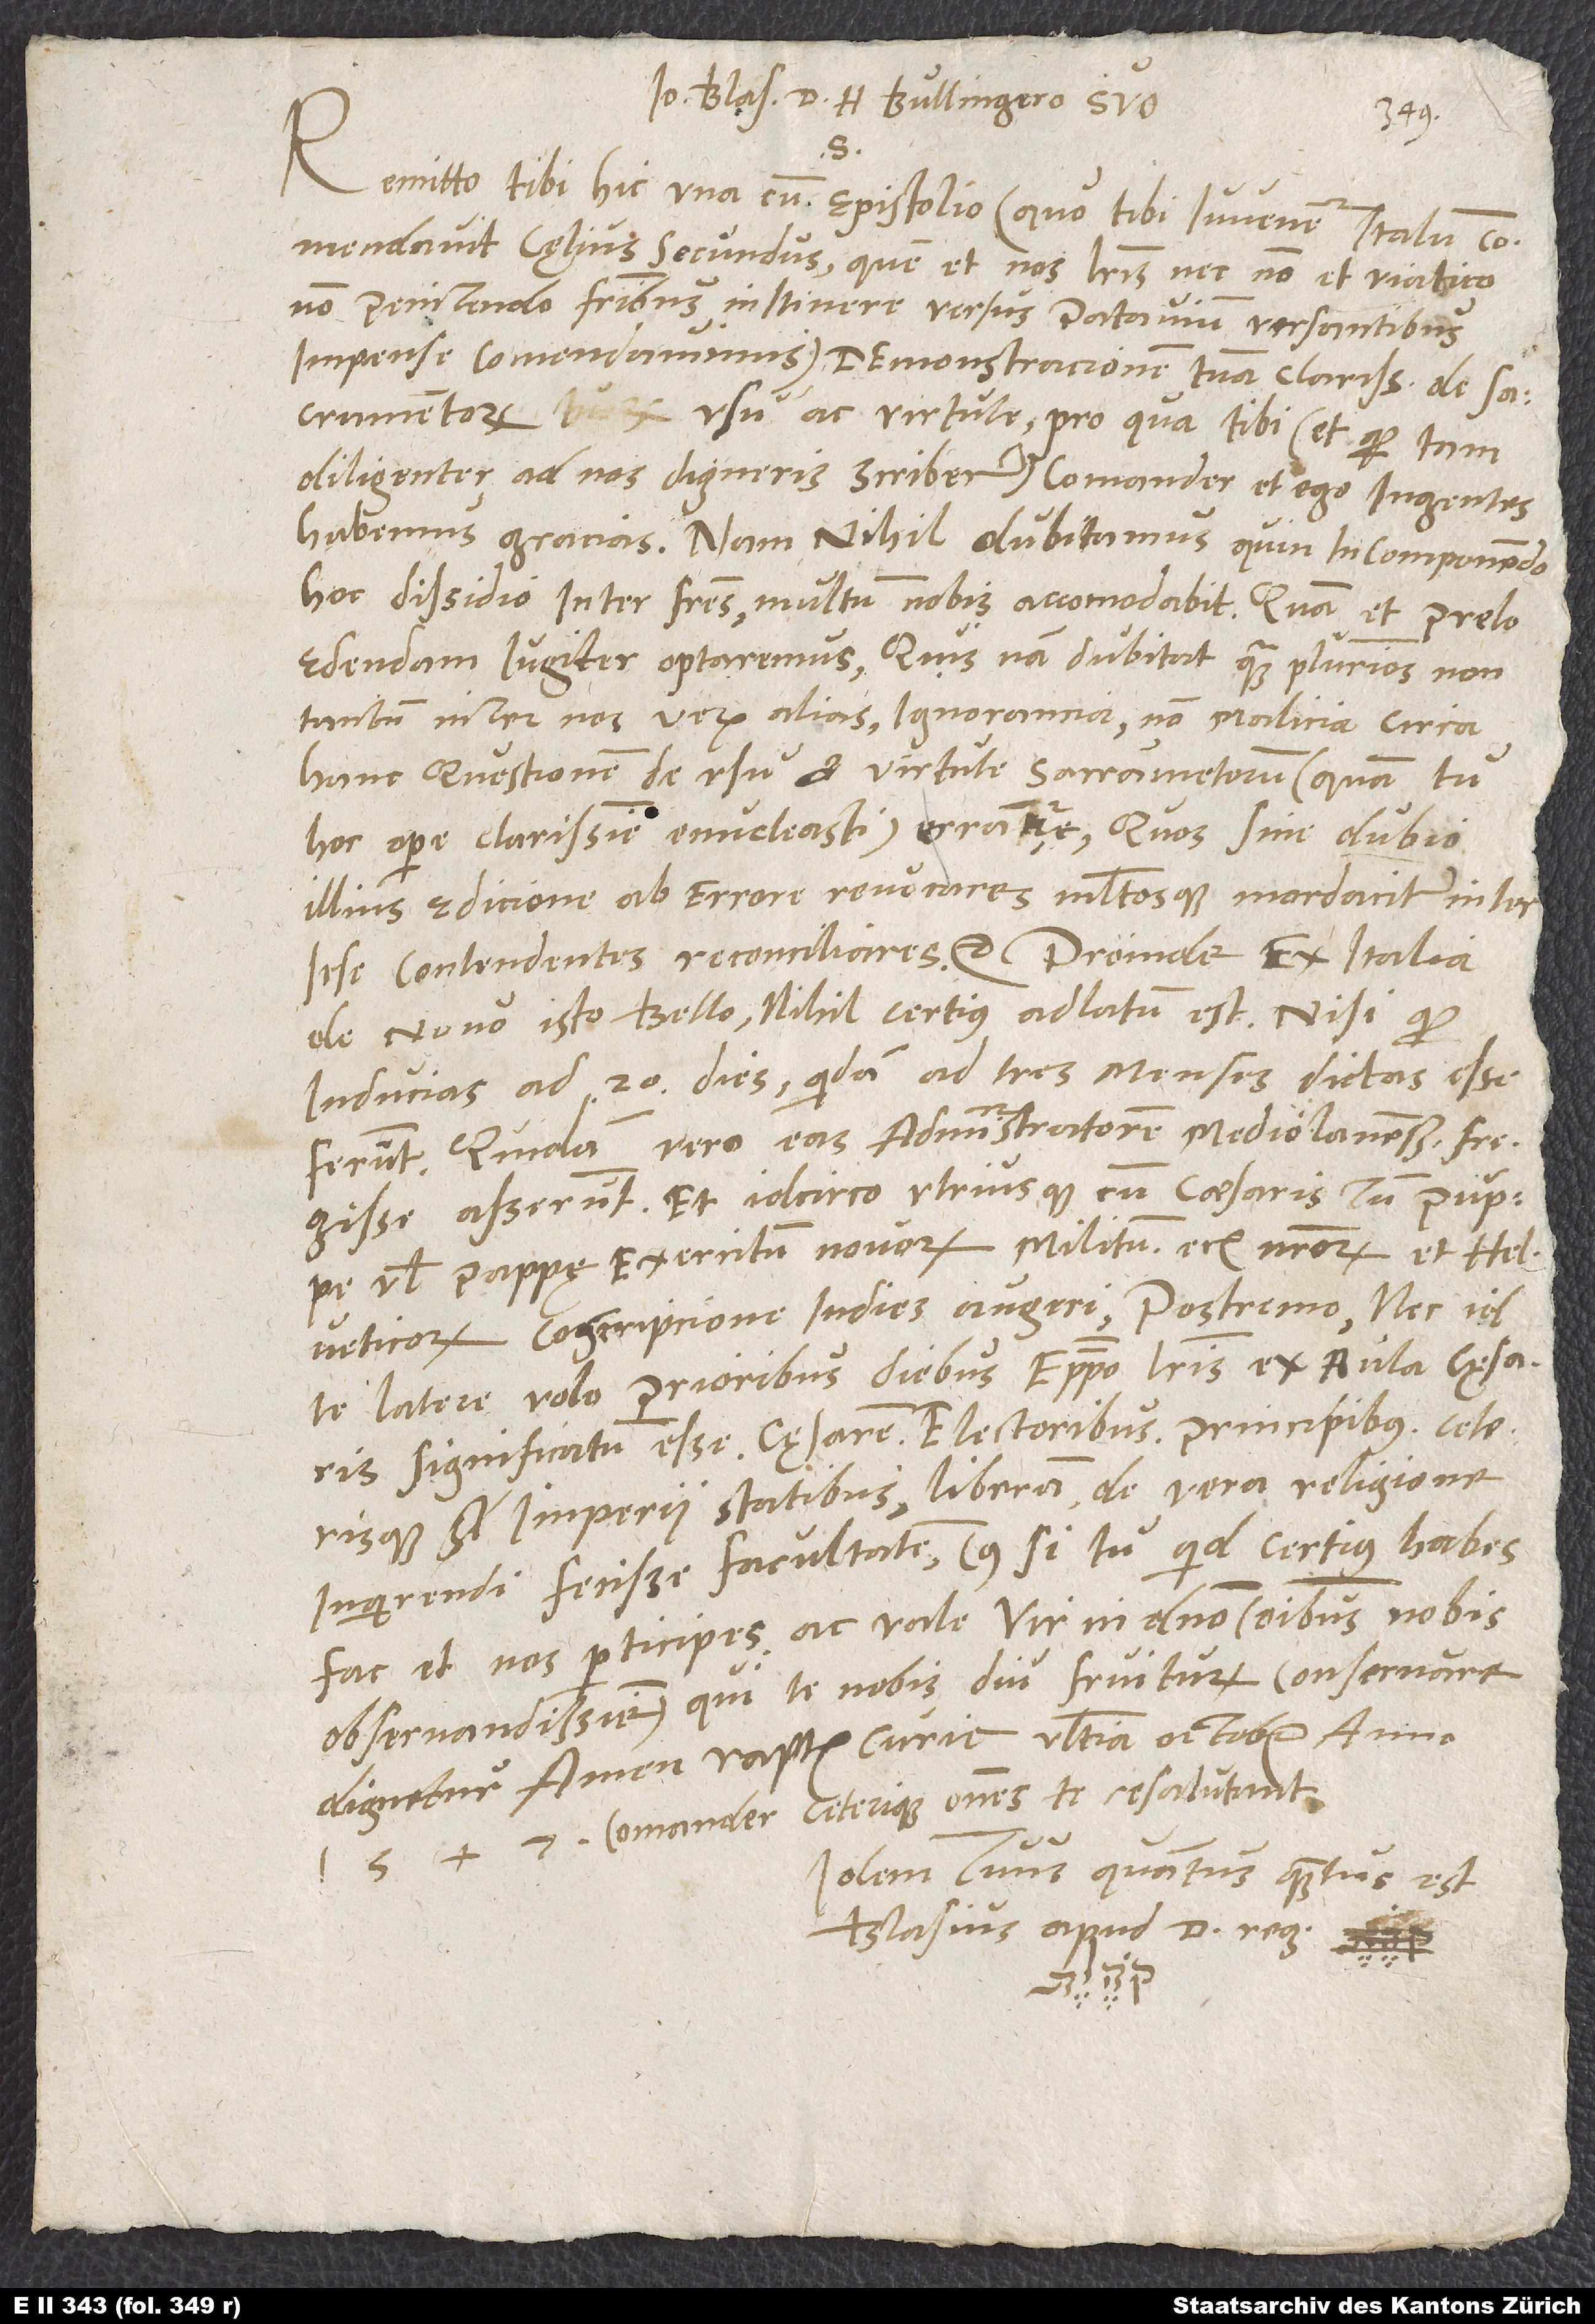
Ioannes Blasius d. H. Bullingero suo
S.
Remitto tibi hic una cum epistolio (quo tibi iuvenem Italum
commendavit Cęlius Secundus, quem et nos literis necnon et viatico
non penitendo fratribus in itinere versus Patavium versantibus
impense comendavimus), demonstracionem tuam clarissimam de
sacramentorum usu ac virtute, pro qua tibi (et quod tam
diligenter ad nos digneris scribere) Comander et ego ingentes
habemus gracias. Nam nihil dubitamus, quin in componendo
hoc dissidio inter fratres multum nobis accomodabit - quam et prelo
edendam iugiter optaremus. Quisnam dubitat quamplurimos (non
tantum inter nos, verum alias) ignorancia (non malicia) circa
hanc questionem de usu et virtute sacramentorum (quam tu
hoc opere clarissime enucleasti) errare, quos sine dubio
illius ędicione ab errore revocares multosque, mordaciter inter
sese contendentes, reconciliares, etc. Proinde ex Italia
de novo isto bello nihil certius adlatum est, nisi quod
inducias ad 20 dies, quidam ad tres menses, dictas esse
ferunt. Quidam vero eas administratorem Mediolanensem fregisse
asserunt et idcirco utriusque, cum caesaris, tum puppę
vel pappę exercitum novorum militum, eciam nostrorum et Helveticorum,
conscripcione indies augeri. Postremo nec id
te latere volo: Prioribus diebus episcopo literis ex aula cęsaris
significatum esse cęsarem electoribus, principibus ceterisque
imperii statibus liberam de vera religione
inquirendi fecisse facultatem, cuius, si tu quid certius habes,
fac et nos participes, ac vale, vir in domino omnibus nobis
observandissime, qui te nobis diu fruiturum conservare
Idem tuus, quantusquantus est,